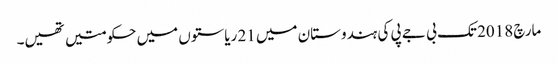
مارچ 2018 تک بی جے پی کی ہندوستان میں 21 ریاستوں میں حکومتیں تھیں۔